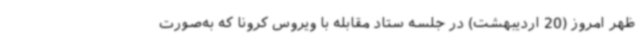
ظهر امروز (20 اردیبهشت) در جلسه ستاد مقابله با ویروس کرونا که به‌صورت